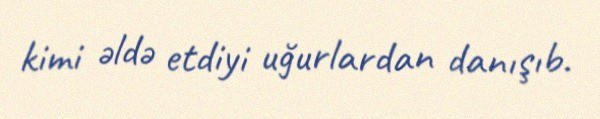
kimi əldə etdiyi uğurlardan danışıb.